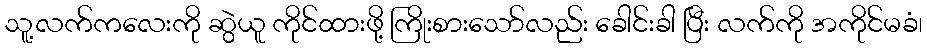
သူ့လက်ကလေးကို ဆွဲယူ ကိုင်ထားဖို့ ကြိုးစားသော်လည်း ခေါင်းခါ ပြီး လက်ကို အကိုင်မခံ၊